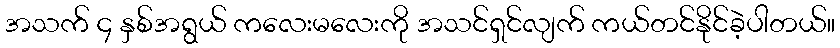
အသက် ၄ နှစ်အရွယ် ကလေးမလေးကို အသင်ရှင်လျက် ကယ်တင်နိုင်ခဲ့ပါတယ်။